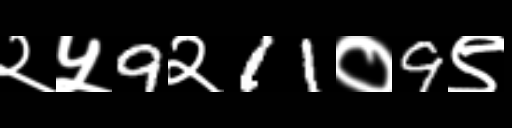
Text: २५9२11०9९